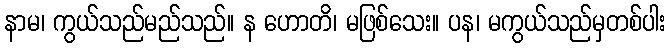
နာမ၊ ကွယ်သည်မည်သည်။ န ဟောတိ၊ မဖြစ်သေး။ ပန၊ မကွယ်သည်မှတစ်ပါး